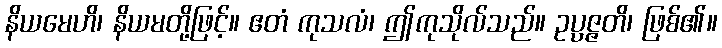
နိယမေဟိ၊ နိယမတို့ဖြင့်။ ဧတံ ကုသလံ၊ ဤကုသိုလ်သည်။ ဥပ္ပဇ္ဇတိ၊ ဖြစ်၏။